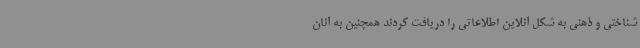
شناختی و ذهنی به شکل آنلاین اطلاعاتی را دریافت کردند همچنین به آنان